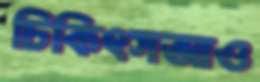
চিকিৎসআও